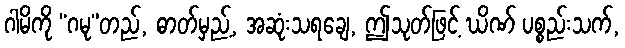
ဂါမိကို “ဂမု”တည်, ဓာတ်မှည့်, အဆုံးသရချေ, ဤသုတ်ဖြင့် ဃိဏ် ပစ္စည်းသက်,